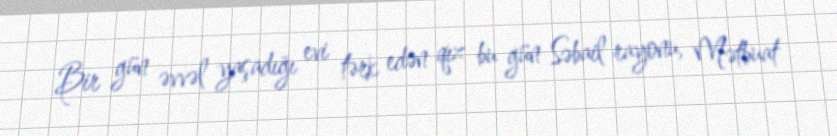
Bir gün əvvəl yaşadığı evi tərk edən qız bu gün Səbail rayonu, Mətbuat